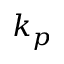
k _ { p }